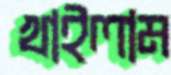
খাইলাম